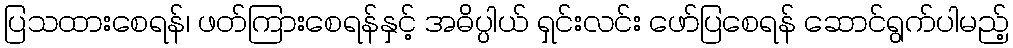
ပြသထားစေရန်၊ ဖတ်ကြားစေရန်နှင့် အဓိပ္ပါယ် ရှင်းလင်း ဖော်ပြစေရန် ဆောင်ရွက်ပါမည့်